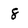
Character: 8